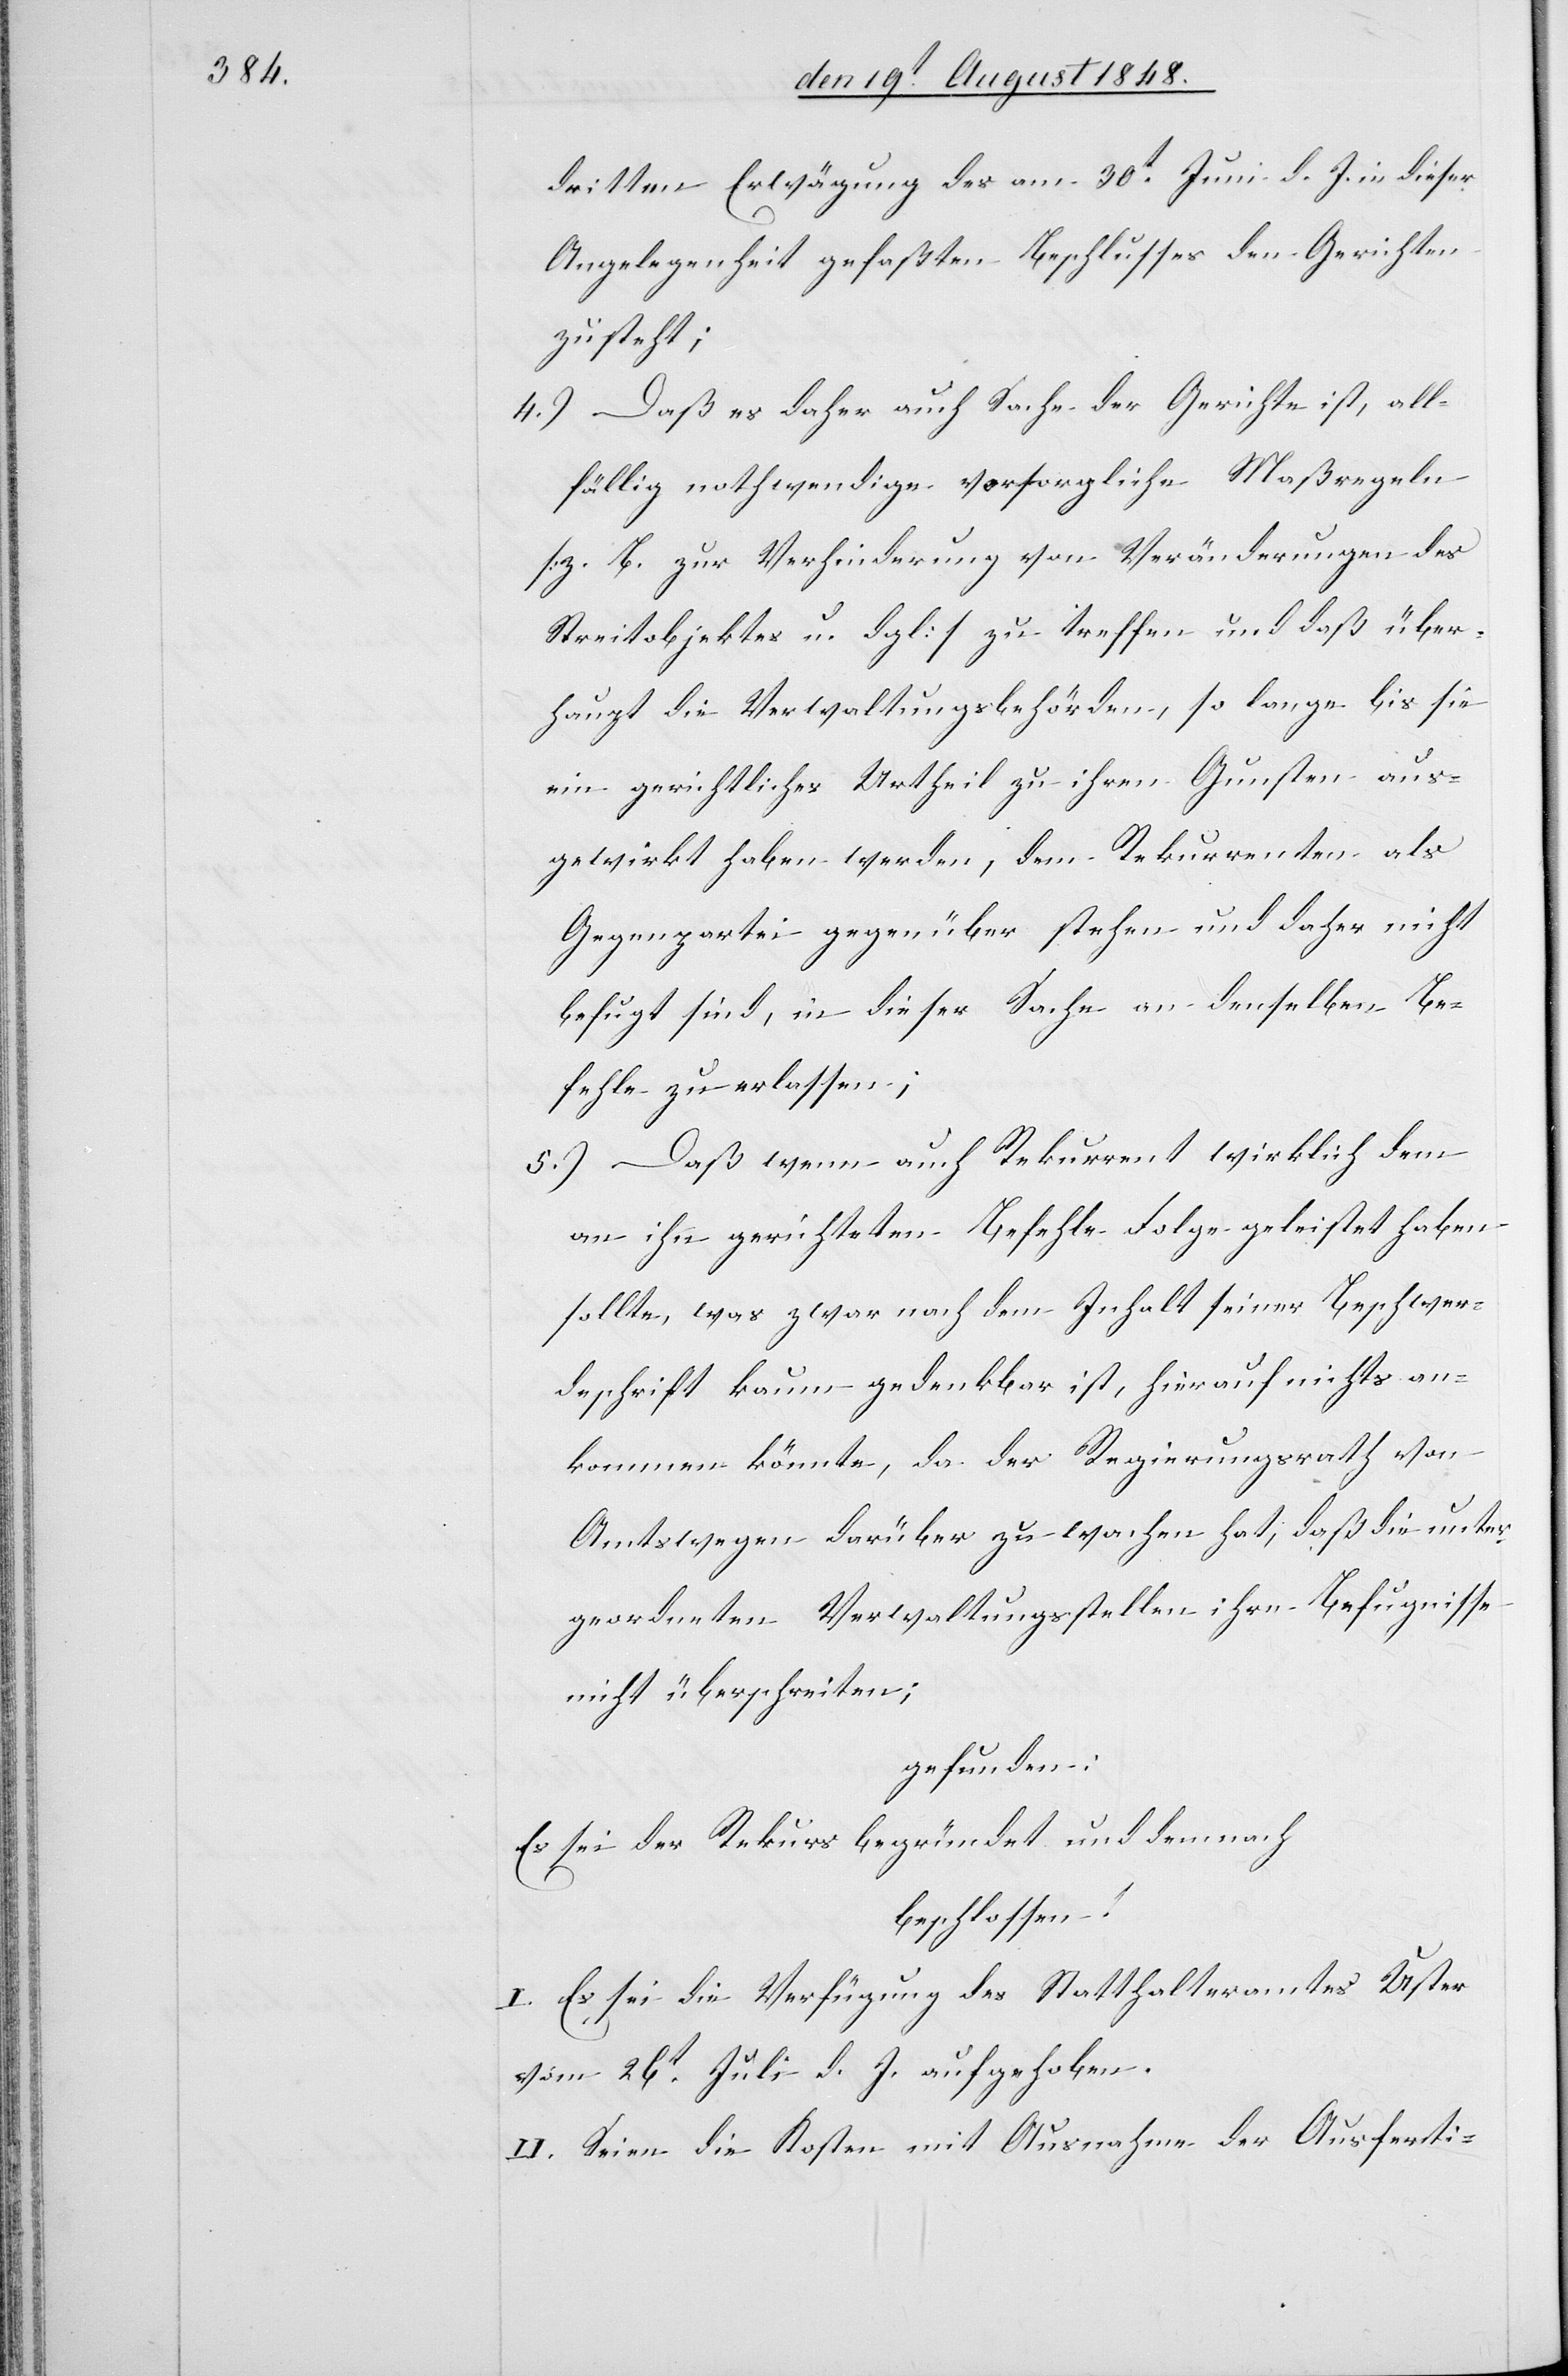
dritten Erwägung des am 30t Juni d. J. in dieser
Angelegenheit gefaßten Beschlusses den Gerichten
zusteht;
4.) Daß es daher auch Sache der Gerichte ist, all¬
fällig nothwendige vorsorgliche Maßregeln
[z. B. zur Verhinderung von Veränderungen des
Streitobjektes u. dgl.] zu treffen und daß über¬
haupt die Verwaltungsbehörden, so lange bis sie
ein gerichtliches Urtheil zu ihren Gunsten aus¬
gewirkt haben werden, dem Rekurrenten als
Gegenpartei gegenüber stehen und daher nicht
befugt sind, in dieser Sache an denselben Be¬
fehle zu erlassen;
5.) Daß wenn auch Rekurrent wirklich dem
an ihn gerichteten Befehle Folge geleistet haben
sollte, was zwar nach dem Inhalt seiner Beschwer¬
deschrift kaum gedenkbar ist, hierauf nichts an¬
kommen könnte, da der Regierungsrath von
Amtswegen darüber zu wachen hat, daß die unter¬
geordneten Verwaltungsstellen ihre Befugnisse
nicht überschreiten;
gefunden:
Es sei der Rekurs begründet und demnach
beschlossen:
I. Es sei die Verfügung des Statthalteramtes Uster
vom 26t Juli d. J. aufgehoben.
II. Seien die Kosten mit Ausnahme der Ausferti-